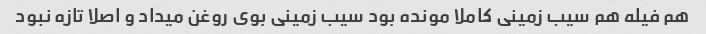
هم فیله هم سیب زمینی کاملا مونده بود سیب زمینی بوی روغن میداد و اصلا تازه نبود